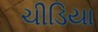
ચીડિયા